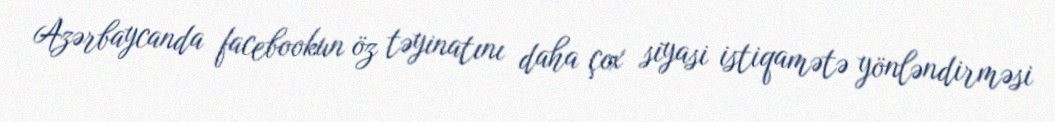
Azərbaycanda facebookun öz təyinatını daha çox siyasi istiqamətə yönləndirməsi